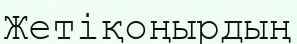
Жетіқоңырдың